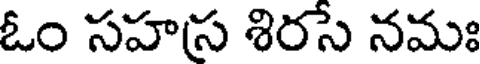
ఓం సహస శిరసే నమః